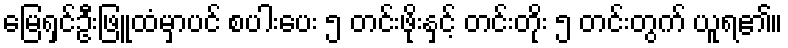
မြေရှင်ဦးဖြူထံမှာပင် စပါးပေး ၅ တင်းဖိုးနှင့် တင်းတိုး ၅ တင်းတွက် ယူရ၏။